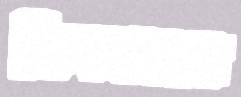
চিনকারা